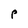
Character: p